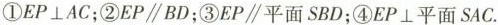
①EP⊥AC；②EP\parallel BD；③EP\parallel平面SBD；④EP⊥平面SAC。